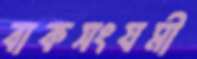
বাকসংযমী